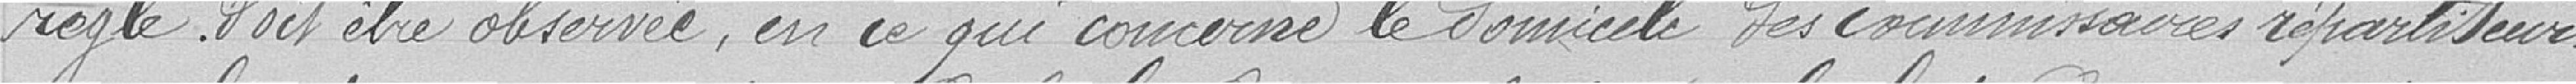
rège doit être observée, en ce qui concerne le domicile des commissaires répartiteurs